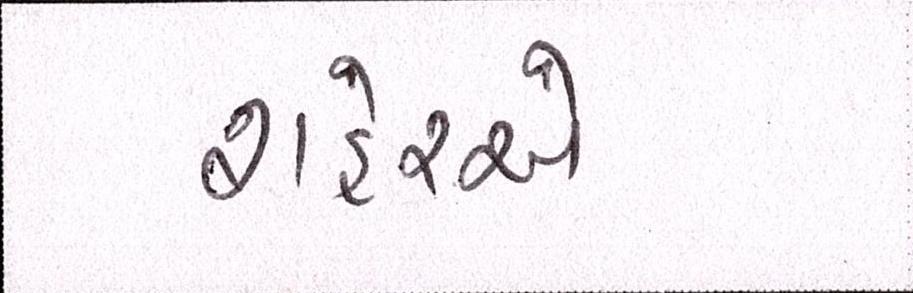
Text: શહેરએ